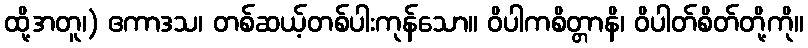
ထို့အတူ၊) ဧကာဒသ၊ တစ်ဆယ့်တစ်ပါးကုန်သော။ ဝိပါကစိတ္တာနိ၊ ဝိပါတ်စိတ်တို့ကို။